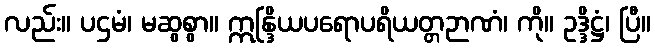
လည်း။ ပဌမံ၊ မဆွစွာ။ ဣန္ဒြိယပရောပရိယတ္တဉာဏံ၊ ကို။ ဥဒ္ဒိဋ္ဌံ၊ ပြီ။